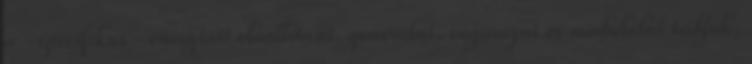
a -specifikus- energiáit előállítani, generálni, sugározni és modulálni tudjuk,